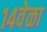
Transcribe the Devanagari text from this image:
१४वेळा